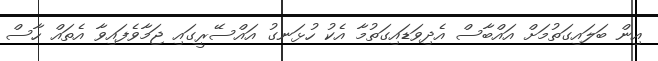
އިން ބަލައިގަތުމަށް އައްބާސް އެދިވަޑައިގަތުމާ އެކު ހުޅަނގު އައްސޭރީގައި ޖަމާވެފައިވާ އެތައް ހާސް